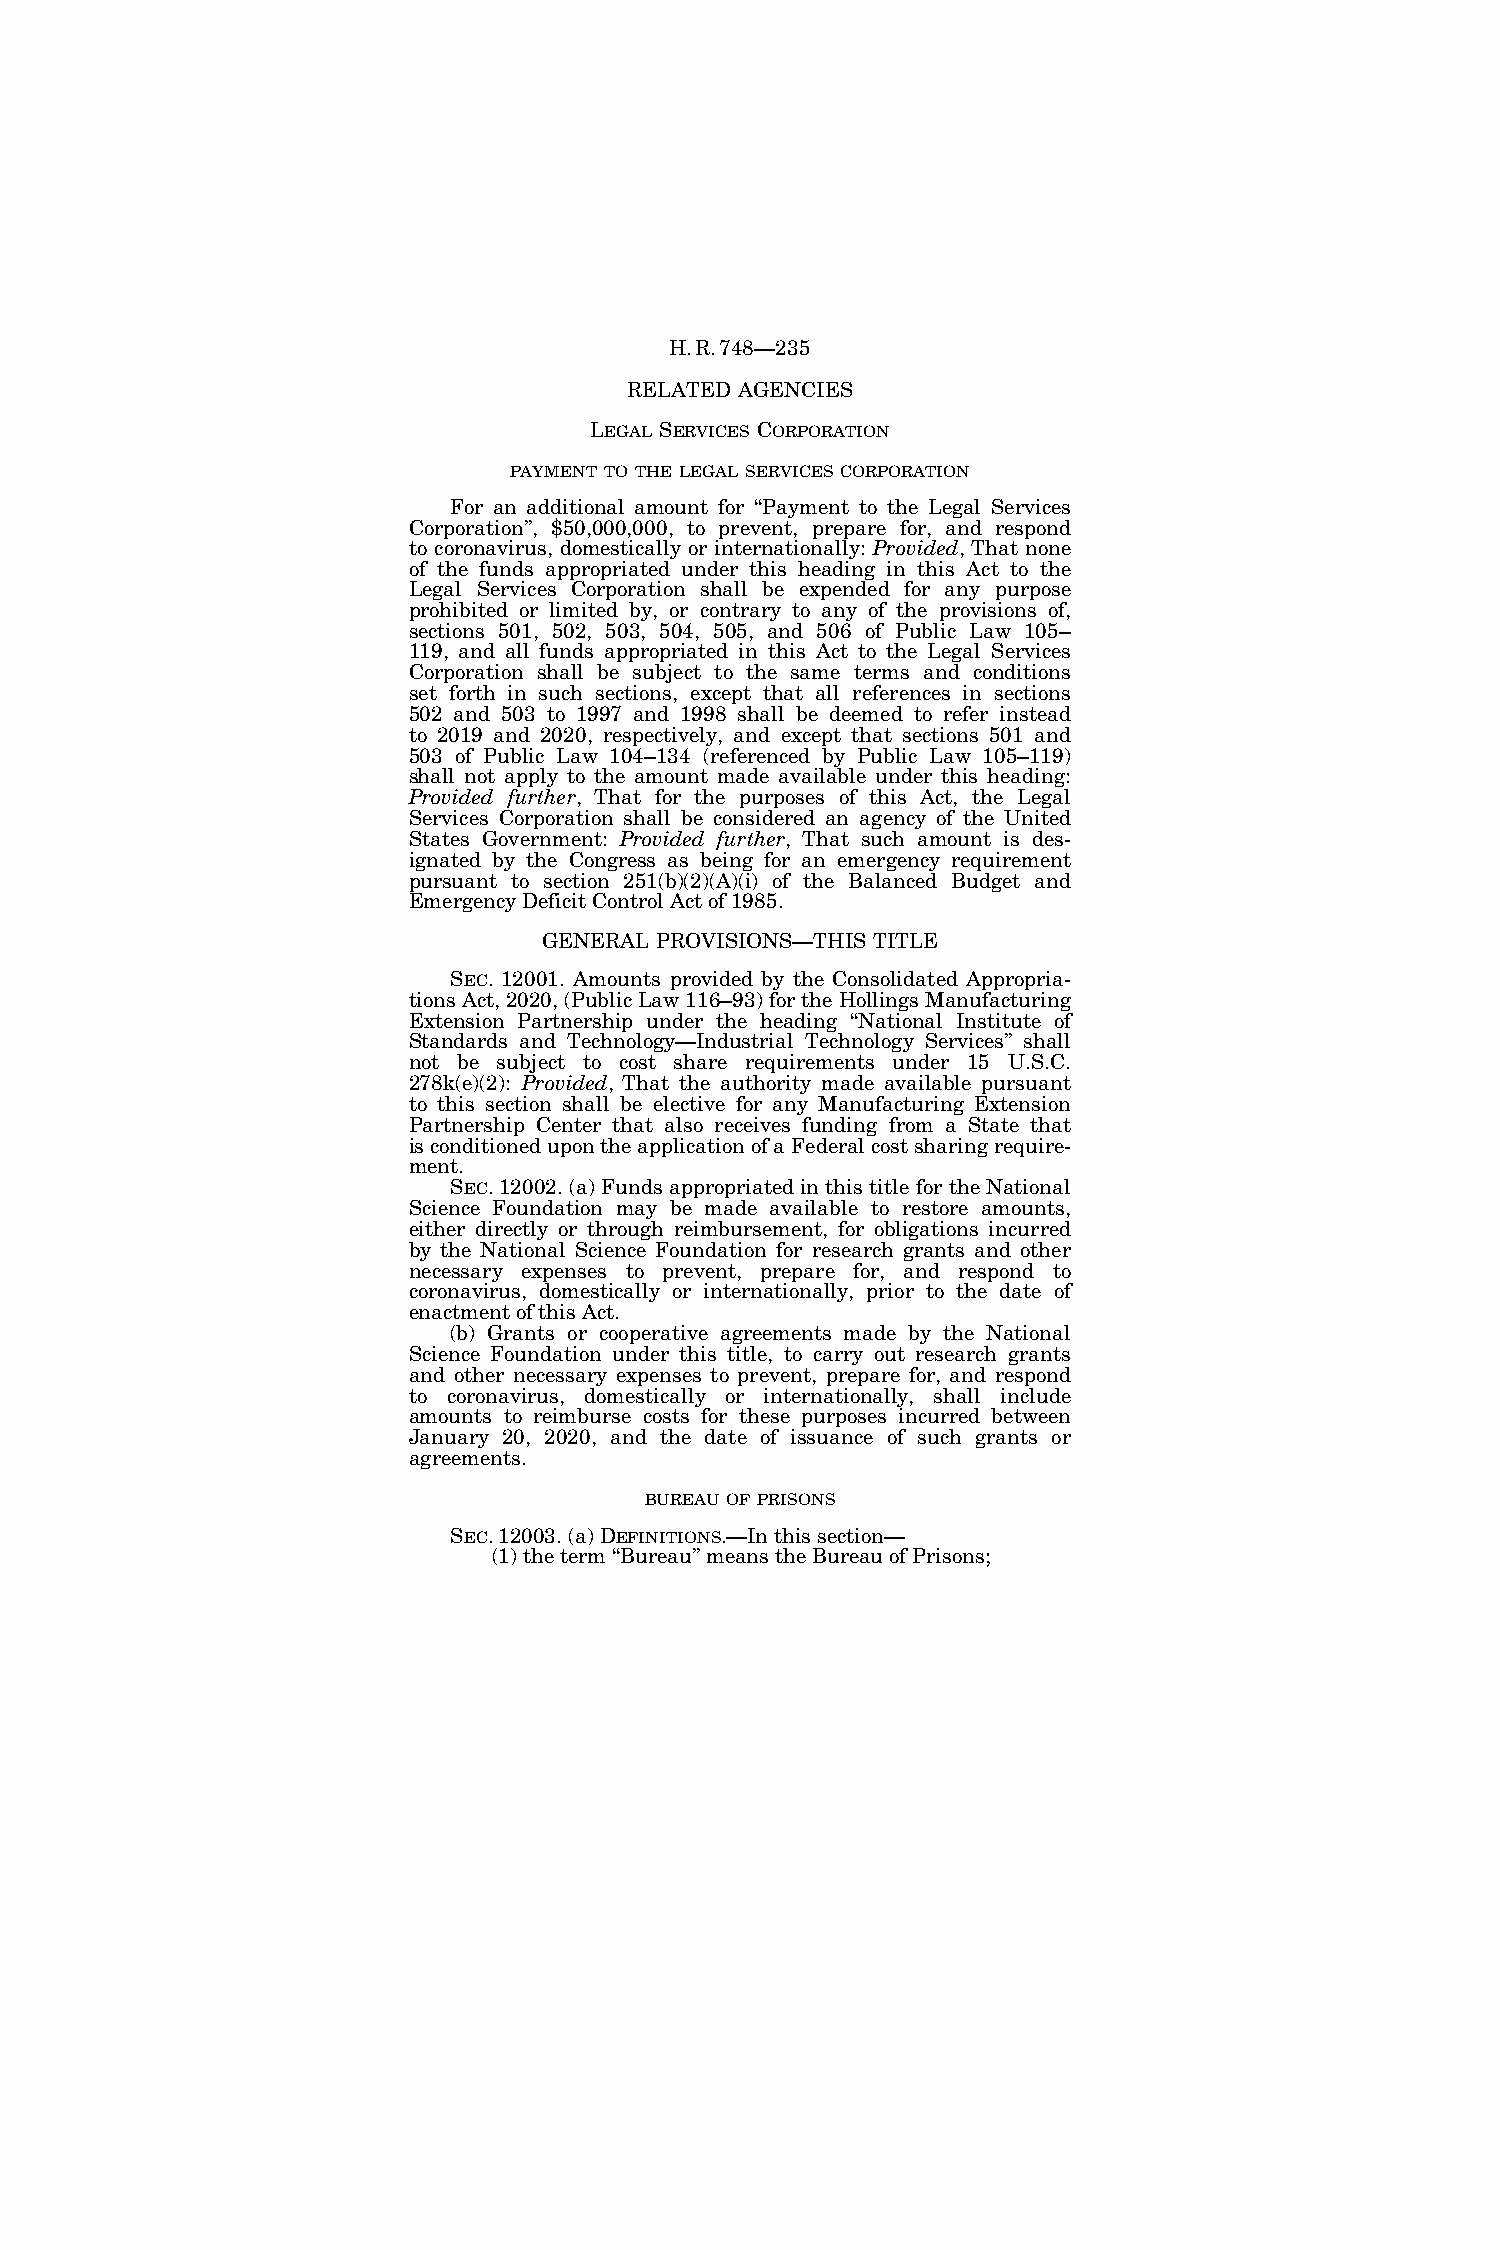
H.R.748—235
 RELATED AGENCIES
 LEGAL SERVICES CORPORATION
 PAYMENT TO THE LEGAL SERVICES CORPORATION
 For an additional amount for ‘‘Payment to the Legal Services
 Corporation’’, $50,000,000, to prevent, prepare for, and respond
 to coronavirus, domestically or internationally: Provided, That none
 of the funds appropriated under this heading in this Act to the
 Legal Services Corporation shall be expended for any purpose
 prohibited or limited by, or contrary to any of the provisions of,
 sections 501, 502, 503, 504, 505, and 506 of Public Law 105–
 119, and all funds appropriated in this Act to the Legal Services
 Corporation shall be subject to the same terms and conditions
 set forth in such sections, except that all references in sections
 502 and 503 to 1997 and 1998 shall be deemed to refer instead
 to 2019 and 2020, respectively, and except that sections 501 and
 503 of Public Law 104–134 (referenced by Public Law 105–119)
 shall not apply to the amount made available under this heading:
 Provided further, That for the purposes of this Act, the Legal
 Services Corporation shall be considered an agency of the United
 States Government: Provided further, That such amount is des-
 ignated by the Congress as being for an emergency requirement
 pursuant to section 251(b)(2)(A)(i) of the Balanced Budget and
 Emergency Deficit Control Act of 1985.
 GENERAL PROVISIONS—THIS TITLE
 SEC. 12001. Amounts provided by the Consolidated Appropria-
 tions Act, 2020, (Public Law 116–93) for the Hollings Manufacturing
 Extension Partnership under the heading ‘‘National Institute of
 Standards and Technology—Industrial Technology Services’’ shall
 not be subject to cost share requirements under 15 U.S.C.
 278k(e)(2): Provided, That the authority made available pursuant
 to this section shall be elective for any Manufacturing Extension
 Partnership Center that also receives funding from a State that
 is conditioned upon the application of a Federal cost sharing require-
 ment.
 SEC. 12002. (a) Funds appropriated in this title for the National
 Science Foundation may be made available to restore amounts,
 either directly or through reimbursement, for obligations incurred
 by the National Science Foundation for research grants and other
 necessary expenses to prevent, prepare for, and respond to
 coronavirus, domestically or internationally, prior to the date of
 enactment of this Act.
 (b) Grants or cooperative agreements made by the National
 Science Foundation under this title, to carry out research grants
 and other necessary expenses to prevent, prepare for, and respond
 to coronavirus, domestically or internationally, shall include
 amounts to reimburse costs for these purposes incurred between
 January 20, 2020, and the date of issuance of such grants or
 agreements.
 BUREAU OF PRISONS
 SEC. 12003. (a) DEFINITIONS.—In this section—
 (1) the term ‘‘Bureau’’ means the Bureau of Prisons;